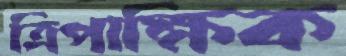
ত্রিপাক্ষিক